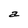
Character: a